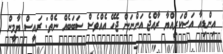
އިންޑިއާ އަސްކަރިއްޔާ ރާއްޖެ އަންނަން ޖެހޭ އެއްވެސް ސަބަބެއް ނެތް: ރައީސް ޔާމީން